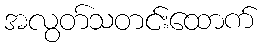
အလွတ်သတင်းထောက်